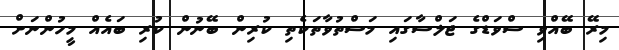
މިރޭ ބޭއްވި ސްވަޑްގެ ޖަލްސާގައި މަސްތުވާތަކެތި ކުރިން ބޭނުން ކުރި ބައެއް މީހުންނަށް